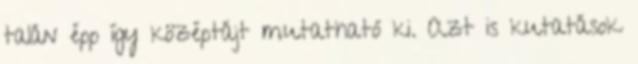
talán épp így középtájt mutatható ki. Azt is kutatások